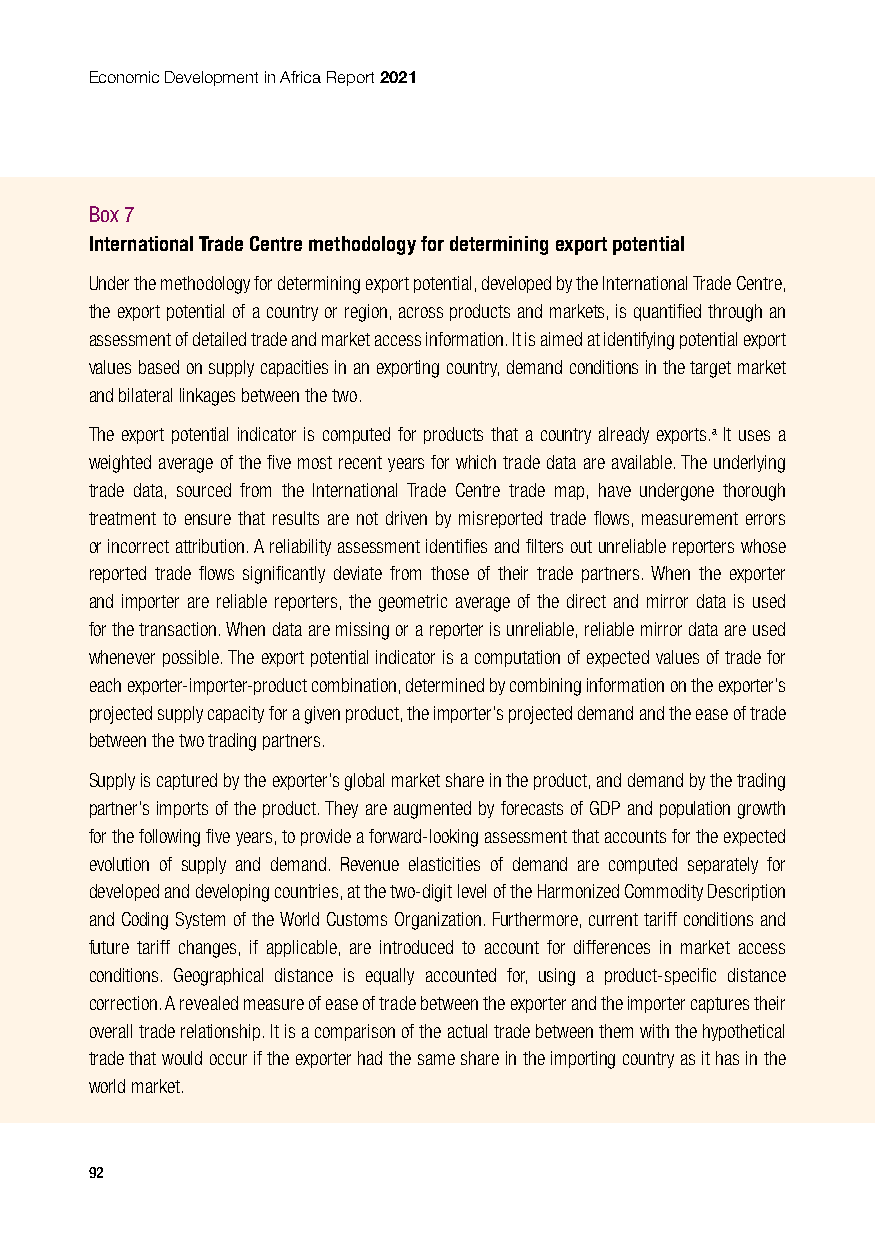
Economic Development in Africa Report 2021
 Box 7
 International Trade Centre methodology for determining export potential
 Under the methodology for determining export potential, developed by the International Trade Centre,
 the export potential of a country or region, across products and markets, is quantified through an
 assessment of detailed trade and market access information. It is aimed at identifying potential export
 values based on supply capacities in an exporting country, demand conditions in the target market
 and bilateral linkages between the two.
 The export potential indicator is computed for products that a country already exports.a It uses a
 weighted average of the five most recent years for which trade data are available. The underlying
 trade data, sourced from the International Trade Centre trade map, have undergone thorough
 treatment to ensure that results are not driven by misreported trade flows, measurement errors
 or incorrect attribution. A reliability assessment identifies and filters out unreliable reporters whose
 reported trade flows significantly deviate from those of their trade partners. When the exporter
 and importer are reliable reporters, the geometric average of the direct and mirror data is used
 for the transaction. When data are missing or a reporter is unreliable, reliable mirror data are used
 whenever possible. The export potential indicator is a computation of expected values of trade for
 each exporter-importer-product combination, determined by combining information on the exporter’s
 projected supply capacity for a given product, the importer’s projected demand and the ease of trade
 between the two trading partners.
 Supply is captured by the exporter’s global market share in the product, and demand by the trading
 partner’s imports of the product. They are augmented by forecasts of GDP and population growth
 for the following five years, to provide a forward-looking assessment that accounts for the expected
 evolution of supply and demand. Revenue elasticities of demand are computed separately for
 developed and developing countries, at the two-digit level of the Harmonized Commodity Description
 and Coding System of the World Customs Organization. Furthermore, current tariff conditions and
 future tariff changes, if applicable, are introduced to account for differences in market access
 conditions. Geographical distance is equally accounted for, using a product-specific distance
 correction. A revealed measure of ease of trade between the exporter and the importer captures their
 overall trade relationship. It is a comparison of the actual trade between them with the hypothetical
 trade that would occur if the exporter had the same share in the importing country as it has in the
 world market.
 92